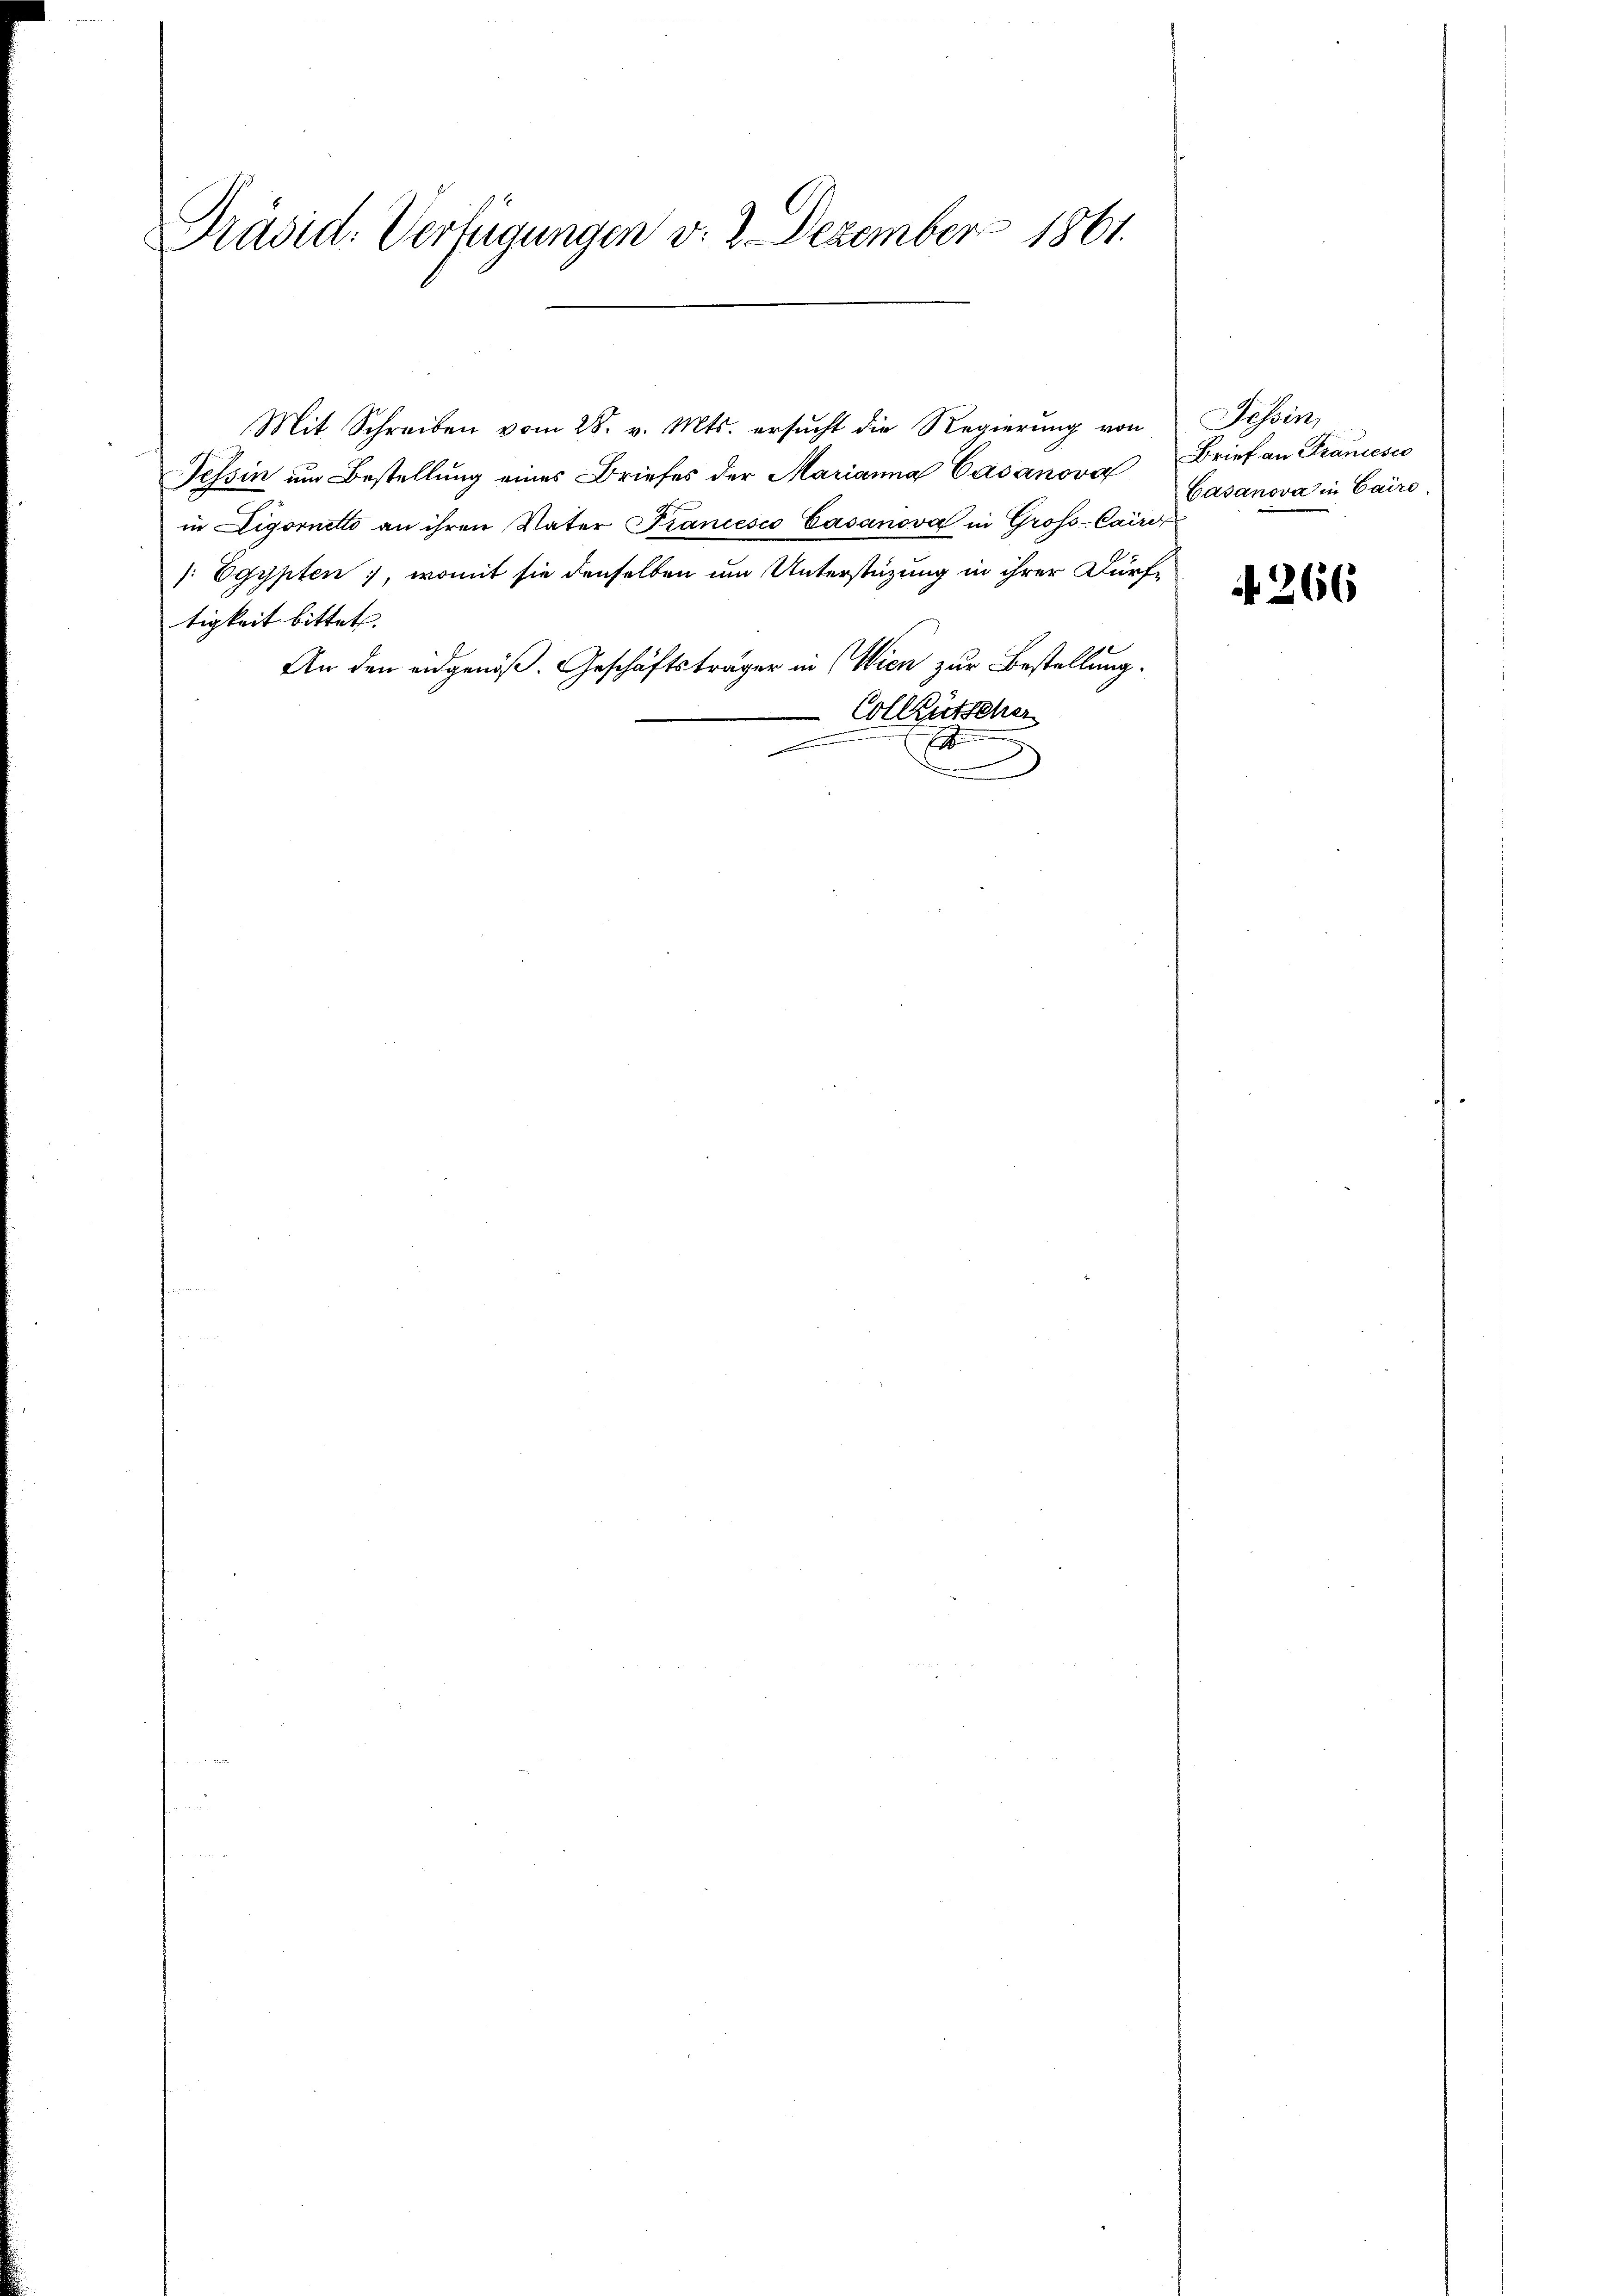
Präsid. Verfügungen v. 2. Dezember 1861.

Mit Schreiben vom 28. v. Mts. ersucht die Regierung von
Tessin um Bestellung eines Briefes der Marianna Casanova
in Digornetto an ihren Vater Francesco Casanova in Groß-Caird
[Egypten, womit sie denselben um Unterstüzung in ihrer Dürftigkeit bittet. |
An den eidgenoß. Geschäftsträger in Wien zur Bestellung.
Colleutscher
e
E
a

Tessin,
Brief an Francesco
Casanova in Cairo

266